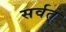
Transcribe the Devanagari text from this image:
सर्वत्